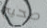
صحيح